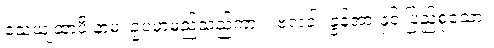
သေယျထာပိ နာမ၊ ဥပမာမည်သည်ကား။ ဗလဝါ၊ ခွန်အားနှင့် ပြည့်စုံသော။